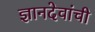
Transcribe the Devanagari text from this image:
ज्ञानदेवांची